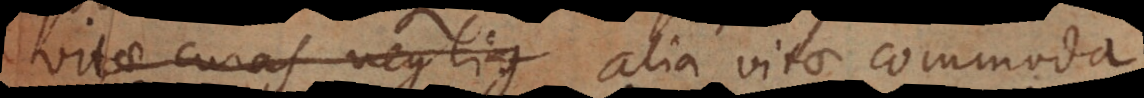
vitae curas neglig alia vitae commoda